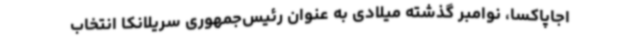
اجاپاکسا، نوامبر گذشته میلادی به عنوان رئیس‌جمهوری سریلانکا انتخاب